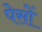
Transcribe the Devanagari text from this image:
पेसों